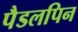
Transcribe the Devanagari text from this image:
पैडलपिन